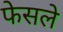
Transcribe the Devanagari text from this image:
फेसले